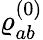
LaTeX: \varrho_{ab}^{(0)}